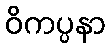
ဝိကပ္ပနာ